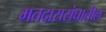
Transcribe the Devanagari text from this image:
मतदारासंघातील